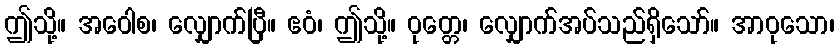
ဤသို့။ အဝေါစ၊ လျှောက်ပြီ။ ဧဝံ၊ ဤသို့။ ဝုတ္တေ၊ လျှောက်အပ်သည်ရှိသော်။ အာဝုသော၊